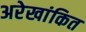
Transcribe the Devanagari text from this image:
अरेखांकित